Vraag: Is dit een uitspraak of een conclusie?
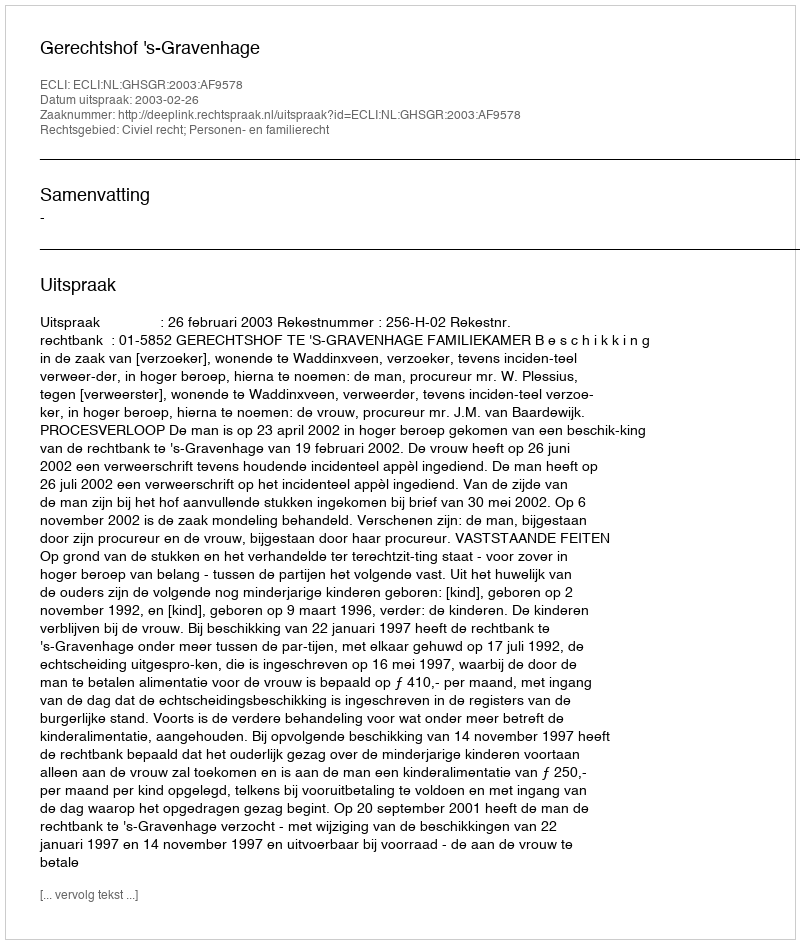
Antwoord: Uitspraak